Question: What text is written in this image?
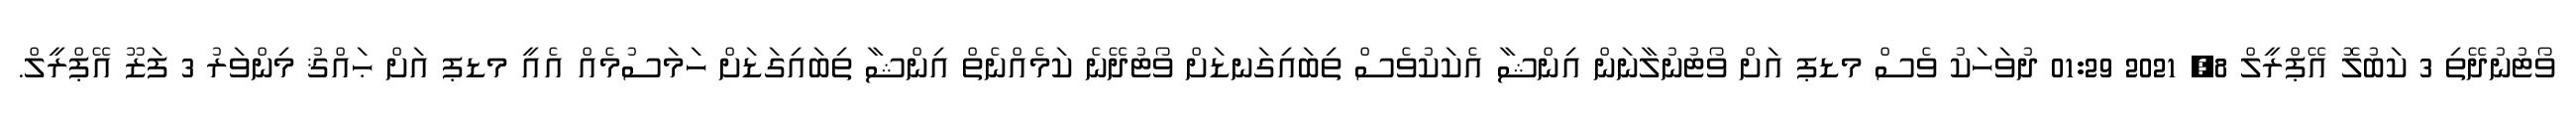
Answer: ވޯޓުނުދޭތި 3 ކަބުލޮ އޭޕްރީލް 8, 2021 01:29 ދުވަހަކު ވެސް މޑޕ އަށް ވޯޓުނުލާނަން އިންޝާ އެކަކުވެސް ތިބައިގަނޑަށް ވޯޓުދޭނެ ކަމެއްނެތް އިންޝާ ތިބައިގަޑަށް ހަމަސުމެއް އެއީ މޑޕ އަށް ޙައްޤު މިންވަރު 3 ފަޒޫ އޭޕްރީލް.